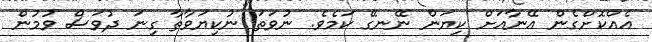
އެއްކޮށްގެން އޭނާއަށް ކިޔަން ނޭނގޭ ކަމެވެ. ނުވަތަ ނުކިޔަވާތާ ގިނަ ދުވަސް ވުމުން